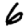
Digit: 6